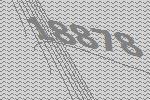
18878